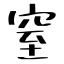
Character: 窒